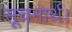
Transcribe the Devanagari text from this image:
सूचनार्थ।